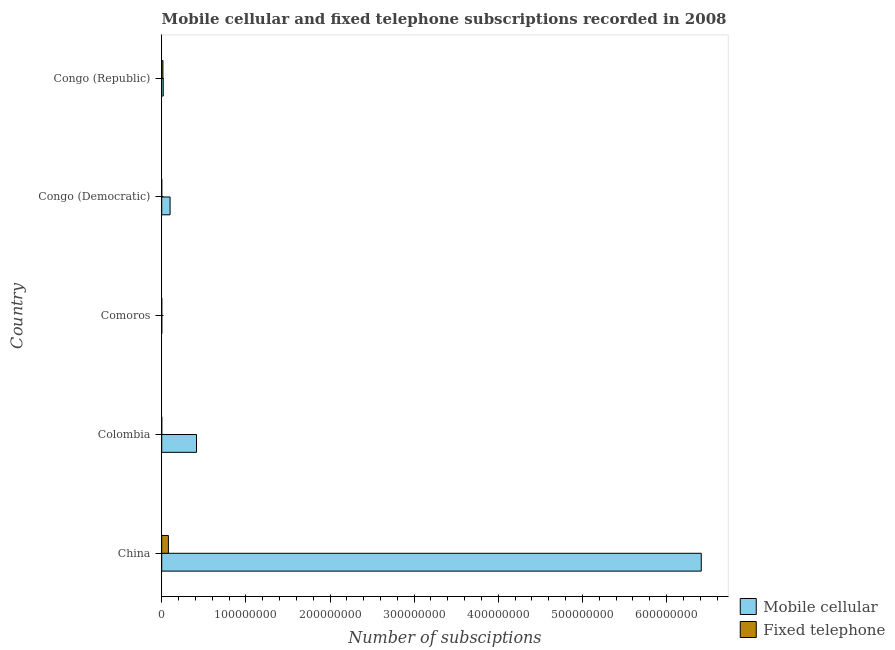
| Country | Mobile cellular | Fixed telephone |
 | --- | --- | --- |
 | China | 6.41e+08 | 7.93e+06 |
 | Colombia | 4.14e+07 | 2.88e+04 |
 | Comoros | 9.17e+04 | 3.73e+04 |
 | Congo (Democratic) | 9.94e+06 | 9.05e+03 |
 | Congo (Republic) | 1.81e+06 | 1.44e+06 |